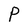
Character: P